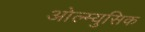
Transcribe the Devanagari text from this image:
ओल्म्युसिक